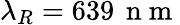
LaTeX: \lambda_{R}=639\, \mathrm{~n~m~}